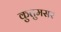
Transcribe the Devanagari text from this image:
कुतुमसर